Annual statistical returns and brief notes on vaccination in Bengal - 1896-1909
Year: 1896
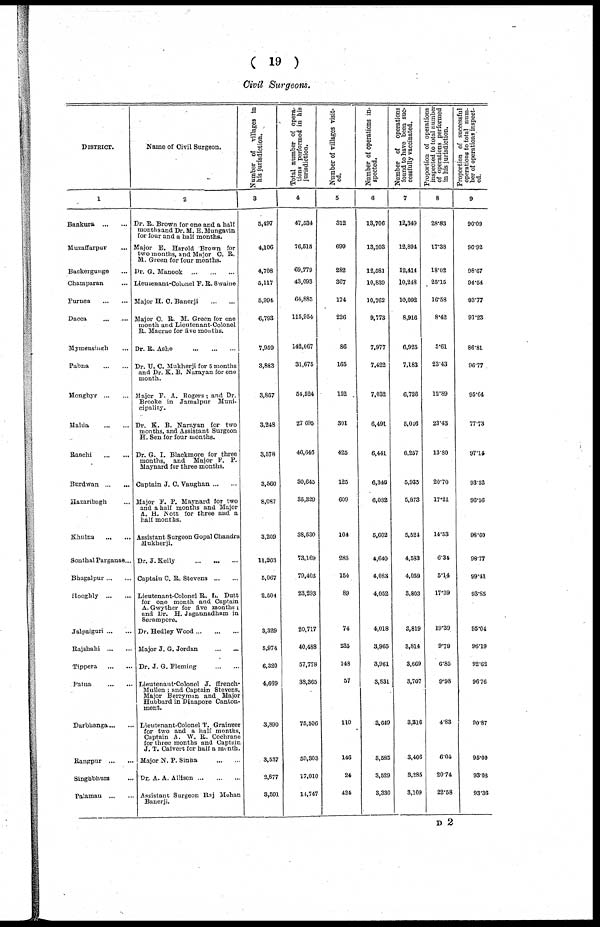
( 19 )
Civil Surgeons.
DISTRICT.
l
Bankura
...
...
Muzaffarpur ...
Backergunge ...
Champaran ...
Purnea
...
...
Dacca
...
...
Mymensingh ...
Pabna
...
...
Monghyr ... ...
Malda
...
...
Ranchi
...
...
Burdwan ... ...
Hazaribagh ...
Khulna
...
...
Sonthal Parganas...
Bhugalpur ... ...
Hooghly
...
...
Jalpaiguri ... ...
Rajshahi
...
...
Tippera
...
...
Patna
...
...
Darbhanga ... ...
Rangpur
...
...
Singbbhum ...
Palamau
...
...
Name of Civil Surgeon.
2
Dr. R. Brown for one and a half
month sand Dr. M. E. Mungavin
for four and a half months.
Major E. Harold Brown for
two months, and Major C. R.
M. Green for four months.
Dr. G. Manook
...
...
...
Lieutenant.Colonel F. R Swaine
Major H. C. Banerji ... ...
Major C. B. M. Green for one
month and Lieutenant.Colonel
B. Macrae for five months.
Dr. B. Ashe
...
...
...
Dr. U. C. Mukherji for 5 months
and Dr. K. B. Narayan for one
month.
Major F. A. Rogers. and Dr.
Brooke in Jamalpur Muni-
cipality.
Dr. K. B. Narayan for two
months, and Assistant Surgeon
H. Sen for four months.
Dr. G. I. Blackmore for three
months, and Major F. P.
Maynard for three months.
Captain J. C. Vaughan ... ...
Major F. P. Maynard for two
and a half months and Major
A. H. Nott for three and a
half months.
Assistant Surgeon Gopal Chandra
Mukherji.
Dr. J.Kelly
...
...
...
Captain C. R. Stevens ... ...
Lieutenant.Colonel B. L. Dutt
for one month and Captain
A. Gwyther for five months ;
and Dr. H. Jagannadham in
Serampore.
Dr. Hedley Wood ... ... ...
Major J. G. Jordan
...
...
Dr. J. G. Fleming
...
...
Lieutenant.Colonel J. ffrench-
Mullen ; and Captain Stevens,
Major Berryman and Major
Hubbard in Dinapore Canton.
ment.
Lieutenant.Colonel T. Grainger
for two and a half months,
Captain A. W. R. Cochrane
for three months and Captain
J. T. Calvert for half a month.
Major N. P. Sinha
...
...
Dr. A. A. Allison ... ... ...
Assistant Surgeon Raj Mohan
Banerji.
Number of villages in
his jurisdiction.
3
5,497
4,106
4,708
5,117
5,994
6,793
7,959
3,883
3,867
3,248
3,578
3,560
8,087
11,263
5,067
2,504
3,329
5,974
6,320
4,669
3,890
3,537
2,877
3,591
Total number of opera-
tions performed in his
jurisdiction.
4
47,534
76,515
69,779
43,093
64,885
115,954
142,067
31,675
54,524
27,695
46,646
30,645
35,329
38,530
73,169
79,403
23,293
20,717
40,488
57,778
38,365
75,506
59,303
17,010
14,747
Number of villages visit-
ed.
5
312
699
282
367
174
226
86
165
152
301
425
125
609
104
283
154
89
74
235
148
57
110
146
24
424
Number of operations in-
spected.
6
13,706
13,303
12,581
10,839
10,762
8,773
7,977
7,422
7,032
6,491
6,441
6,346
6,082
5,602
4,640
4,083
4,052
4,018
3,965
3,961
3,831
3,649
3,585
3,529
3,330
Number of operations
found to have been suc-
cessfully vaccinated.
7
12,349
12,894
12,414
10,248
10,092
8,916
6,925
7,183
6,726
6,046
6,257
5,935
5,873
5,524
4,583
4,059
3,803
3,819
3,814
3,669
3,707
3,316
5,406
3,285
3,109
Proportion of operations
inspected to total number
of operations performed
in his jurisdiction.
8
28.83
17.38
18.02
25.15
16.58
8.42
5.61
23.43
12.89
23.43
13.80
20.70
17.21
14.53
6.34
5.14
17.39
19.39
9.79
6.85
9.98
4.83
6.04
20.74
22.58
Proportion of successful
operations to total num-
ber of operations inspect-
ed.
9
90.09
96.92
98.67
94.54
93.77
91.23
86.81
96.77
95.64
77.73
97.14
93.52
96.56
98.60
98.77
99.41
93.85
95.04
96.19
92.62
96.76
90.87
95.00
93.08
93.36
D 2